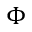
\Phi